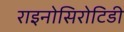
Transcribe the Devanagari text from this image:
राइनोसिरोटिडी